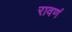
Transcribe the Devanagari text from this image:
रावणं